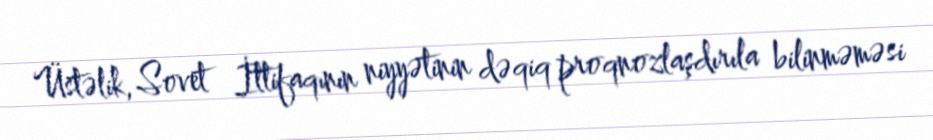
Üstəlik, Sovet İttifaqının niyyətinin dəqiq proqnozlaşdırıla bilinməməsi